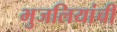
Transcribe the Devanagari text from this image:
भुजलियांची